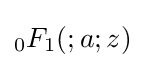
{}_{0}F_{1}(;a;z)